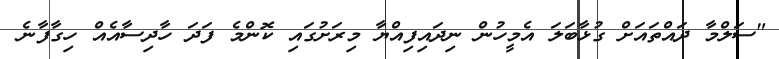
"ސަލްމާ ދައްތައަށް ގުޅާބަލަ އެމީހުން ނިދައިފިއްޔާ މިރަށުގައި ކޮންމެ ފަދަ ހާދިސާއެއް ހިގާފާނެ